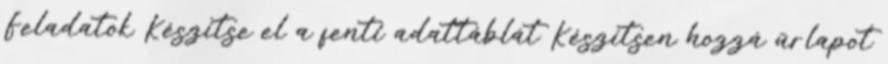
Feladatok Készítse el a fenti adattáblát Készítsen hozzá űrlapot